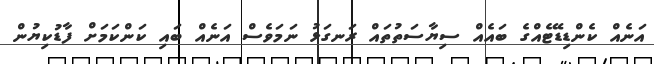
އަނެއް ކެންޑިޑޭޓެއްގެ ބައެއް ސިޔާސަތުތައް ރަނގަޅު ނަމަވެސް އަނެއް ބައި ކަންކަމަށް ފާޑުކިޔުން